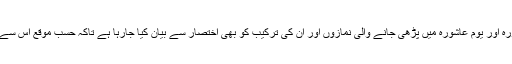
ذیل میں شبِ عاشورہ اور یومِ عاشورہ میں پڑھی جانے والی نمازوں اور ان کی ترکیب کو بھی اختصار سے بیان کیا جارہا ہے تاکہ حسب موقع اس سے استفادہ کیا جائے ۔